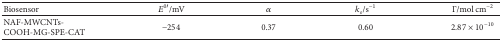
| Biosensor | E0′/mV | α | ks/s−1 | Γ/mol cm−2 |
 | --- | --- | --- | --- | --- |
 | NAF-MWCNTs-COOH-MG-SPE-CAT | −254 | 0.37 | 0.60 | 2.87 × 10−10 |